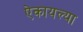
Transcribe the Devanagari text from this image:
ऐकायल्या